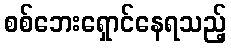
စစ်ဘေးရှောင်နေရသည့်